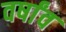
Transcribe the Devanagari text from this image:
वर्षांव